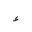
Letter: _hamza